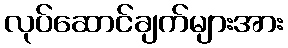
လုပ်ဆောင်ချက်များအား